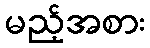
မည့်အစား